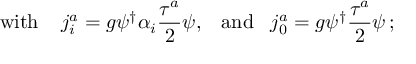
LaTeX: \mathrm { w i t h } \; \; \; \; j _ { i } ^ { a } = g \psi ^ { \dagger } { \alpha } _ { i } \frac { { \tau } ^ { a } } { 2 } \psi , \; \; \; \mathrm { a n d } \; \; \; j _ { 0 } ^ { a } = g \psi ^ { \dagger } \frac { { \tau } ^ { a } } { 2 } \psi \, ;